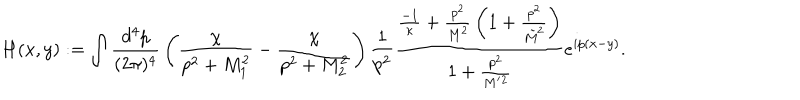
H ( x , y ) : = \int { \frac { d ^ { 4 } p } { ( 2 \pi ) ^ { 4 } } } \left( { \frac { \chi } { p ^ { 2 } + M _ { 1 } ^ { 2 } } } - { \frac { \chi } { p ^ { 2 } + M _ { 2 } ^ { 2 } } } \right) { \frac { 1 } { p ^ { 2 } } } { \frac { { \frac { - 1 } { \kappa } } + { \frac { p ^ { 2 } } { M ^ { 2 } } } \left( 1 + { \frac { p ^ { 2 } } { \tilde { M } ^ { 2 } } } \right) } { 1 + { \frac { p ^ { 2 } } { M ^ { \prime } { } ^ { 2 } } } } } e ^ { i p ( x - y ) } .